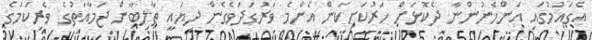
އެގައުމުގައި އަންހެނުންނާ ދެކޮޅަށް ހަރުކަށިކަން އެންމެ ވަރުގަދަވެގެން ދިޔައީ ތާލިބާން ޖަމާއަތުގެ ވެރިކަމުގެ